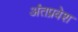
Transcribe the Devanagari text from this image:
अंतप्रवेश